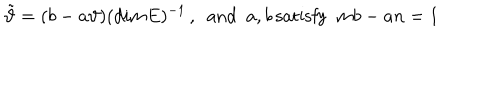
\tilde { \vartheta } = ( b - a \vartheta ) ( d i m E ) ^ { - 1 } \, , \enspace \mathrm { a n d } \enspace a , b \, \mathrm { s a t i s f y } \enspace m b - a n = 1